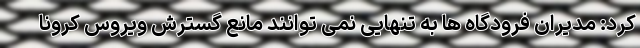
کرد: مدیران فرودگاه ها به تنهایی نمی توانند مانع گسترش ویروس کرونا